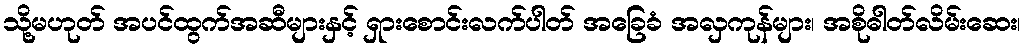
သို့မဟုတ် အပင်ထွက်အဆီများနှင့် ရှားစောင်းလက်ပါတ် အခြေခံ အလှကုန်များ၊ အစိုဓါတ်လိမ်းဆေး၊